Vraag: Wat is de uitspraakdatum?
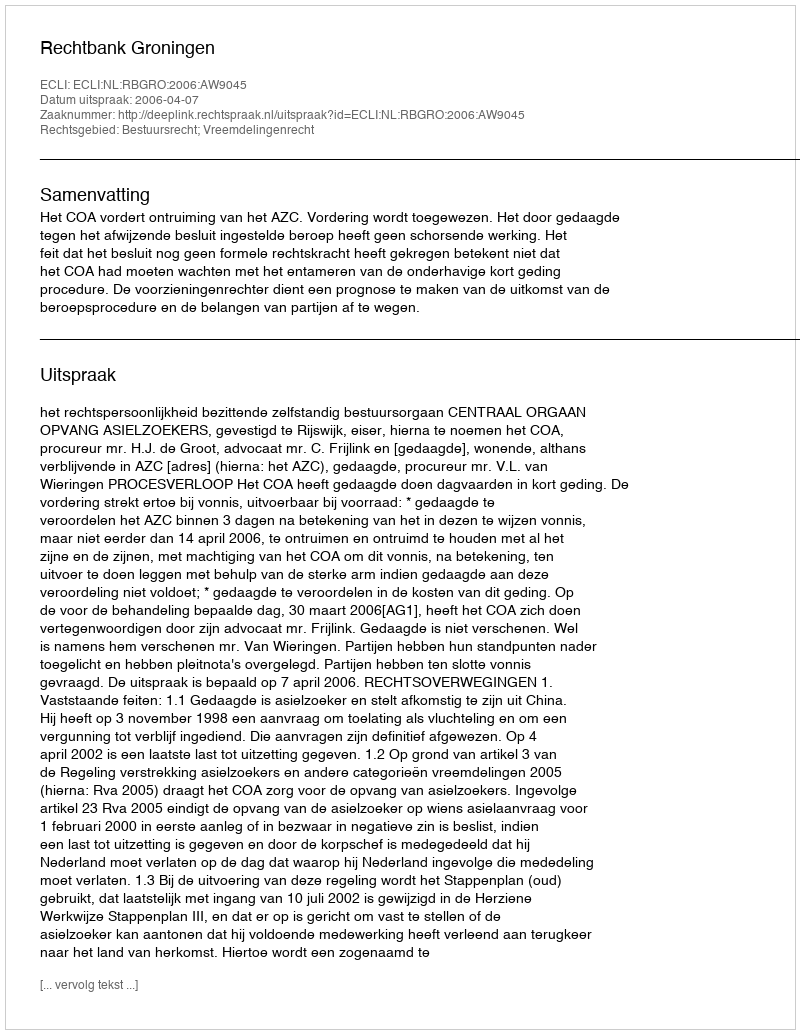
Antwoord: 2006-04-07